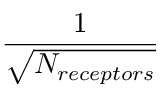
\frac { 1 } { \sqrt { N _ { r e c e p t o r s } } }